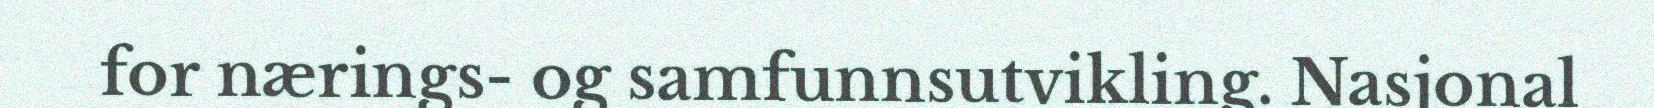
for nærings- og samfunnsutvikling. Nasjonal